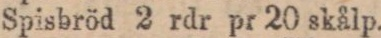
Spisbröd 2 rdr pr 20 skålp.